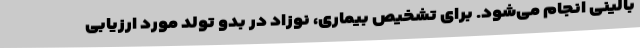
بالینی انجام می‌شود. برای تشخیص بیماری، نوزاد در بدو تولد مورد ارزیابی